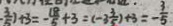
- \frac { 3 } { 5 } ) + 3 = - \frac { 1 8 } { 5 } + 3 = ( - 3 \frac { 3 } { 5 } ) + 3 = - \frac { 3 } { 5 }